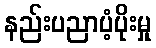
နည်းပညာပံ့ပိုးမှု